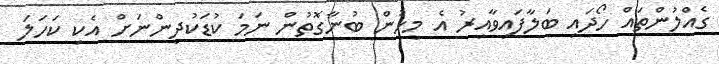
ގެއްލުންތައް ހޯދައި ބަލާފައިވާއިރު އެ މީހުން ބުނާގޮތުން ނަމަ ކުޑަކުދިންނަށް އެކި ކަހަލަ